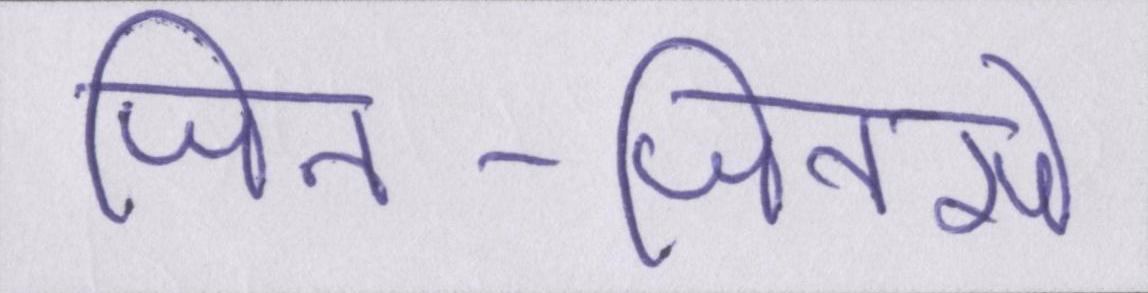
जिन-जिनसे